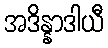
အဒိန္နာဒါယီ